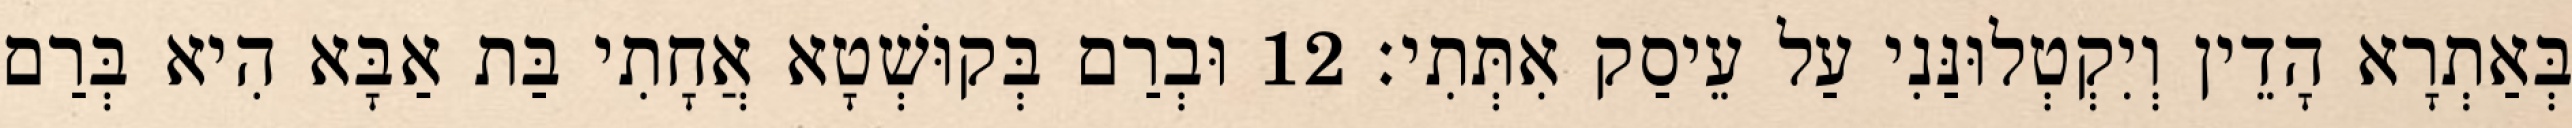
בְּאַתְרָא הָדֵין וְיִקְטְלוּנַּנִי עַל עֵיסַק אִתְּתִי׃ 12 וּבְרַם בְּקוּשְׁטָא אֲחָתִי בַּת אַבָּא הִיא בְּרַם